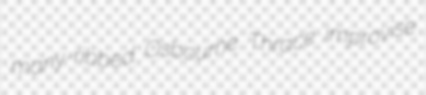
many-ribbed Osbourne Thrace improvise